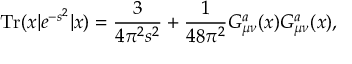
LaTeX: \mathrm { T r } ( x | e ^ { - s \not { P } ^ { 2 } } | x ) = { \frac { 3 } { 4 \pi ^ { 2 } s ^ { 2 } } } + { \frac { 1 } { 4 8 \pi ^ { 2 } } } G _ { \mu \nu } ^ { a } ( x ) G _ { \mu \nu } ^ { a } ( x ) ,